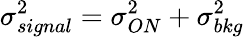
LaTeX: \sigma_{signal}^{2}=\sigma_{ON}^{2}+\sigma_{bkg}^{2}